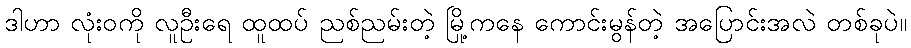
ဒါဟာ လုံးဝကို လူဦးရေ ထူထပ် ညစ်ညမ်းတဲ့ မြို့ကနေ ကောင်းမွန်တဲ့ အပြောင်းအလဲ တစ်ခုပဲ။